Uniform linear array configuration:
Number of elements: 48
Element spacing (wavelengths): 1
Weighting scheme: kaiser
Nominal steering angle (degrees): -45
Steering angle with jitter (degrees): -46.561
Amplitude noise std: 0.05
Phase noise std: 0.05

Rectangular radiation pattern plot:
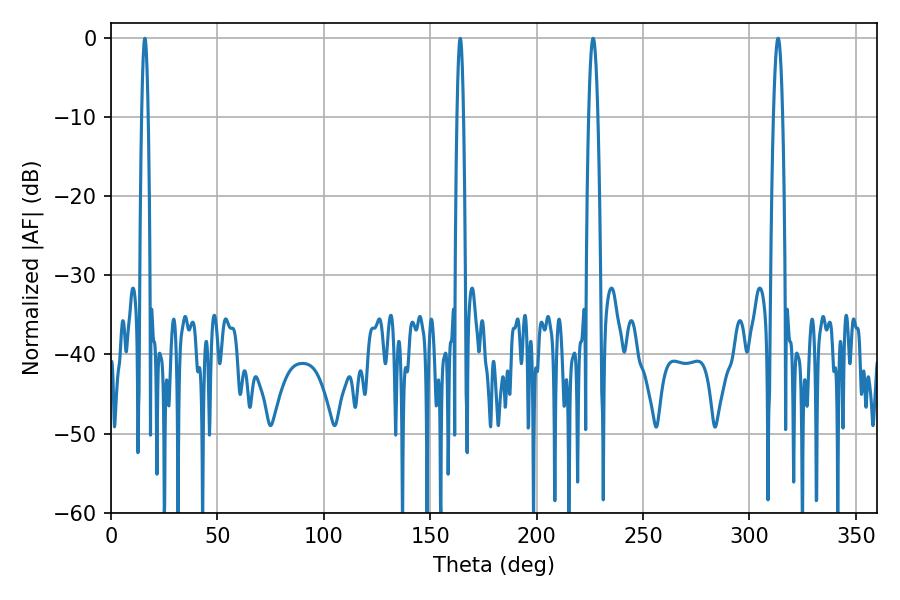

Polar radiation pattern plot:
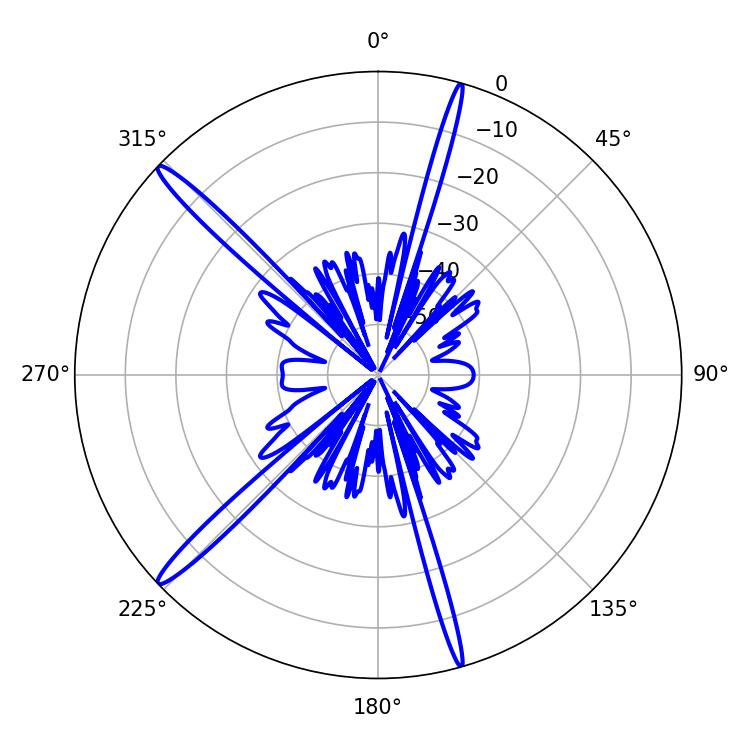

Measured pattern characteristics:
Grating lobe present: TRUE
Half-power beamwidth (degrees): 2.34
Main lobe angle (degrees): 226.62